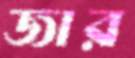
জার